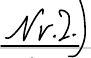
Nr.2.)